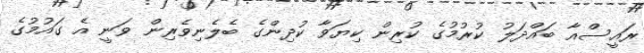
ރައީސްއާ ބައްދަލު ކުރުމުގެ ކުރިން ކިޔަވާ ކުދިންގެ ބެލެނިވެރިން ވަނީ އެ ގައުމުގެ